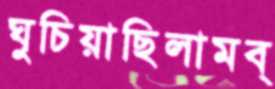
ঘুচিয়াছিলামব্